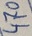
Text: 470